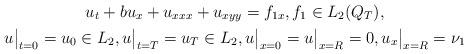
LaTeX: \begin{gather*}u_t+bu_x+u_{xxx}+u_{xyy}=f_{1x},f_1\in L_2(Q_T),\\u\big|_{t=0}=u_0\in L_2,u\big|_{t=T}=u_T\in L_2, u\big|_{x=0}=u\big|_{x=R}=0,u_x\big|_{x=R}=\nu_1\end{gather*}